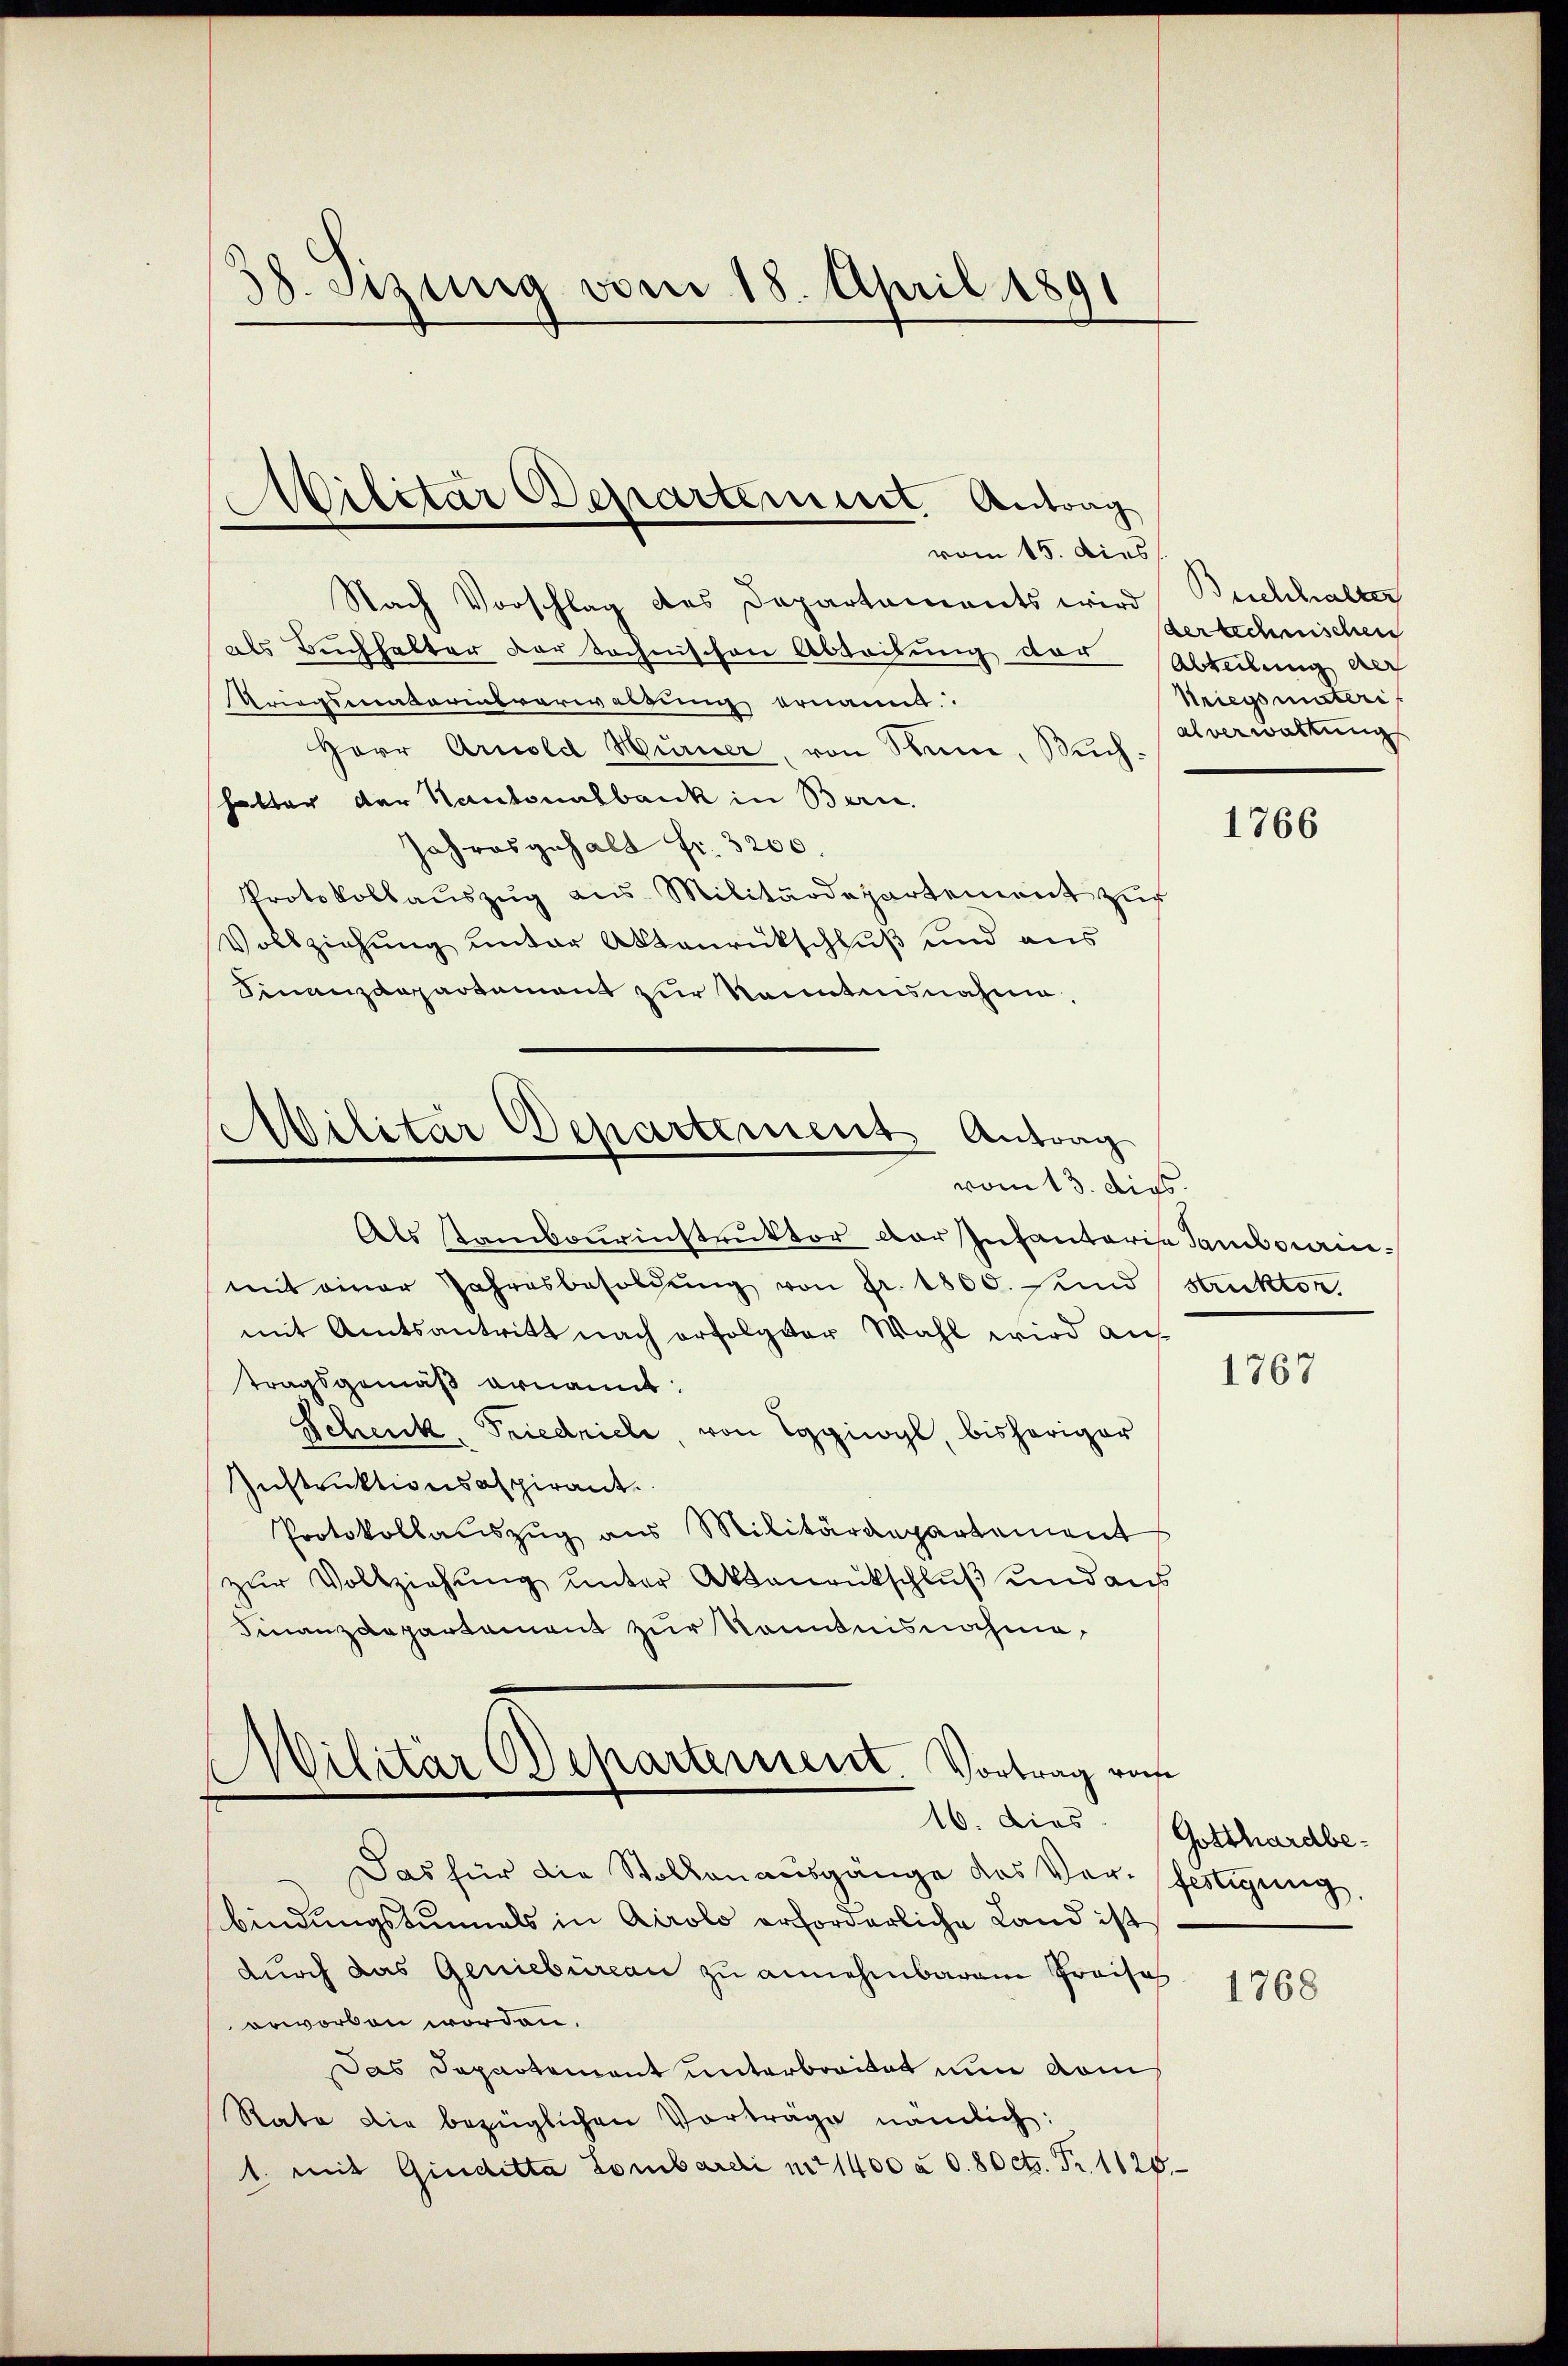
38. Sizung vom 18. April 1891

Nach Vorschlag des Departaments wird Buchhalter
als Buchhalter der tochnischen Abteilung der Abteilung auf
Kriegsmaterinsverwaltung ernannt.
Herr Arnold Hurner, von Seine, Buchhalter der Kantonalbank in Bern.
Jahresgehalt Fr. 3200.
Protokollauszug aus Militärdepartement zur
Vollziehung unter Aktenrückschluß und aus
Finanzdepartement zur kanntensnahme,

Wilitär Departement Antrag
“
vom 15. Dies

Militär Departement Antrag
vom 13. dies.
Als Stambaurinstruktor der Infantarisa Tambocain¬

mit einer Jahresbesoldŭng von Fr. 1800. eind
mit Amtsantritt nach erfolgter Wahl wird auf
tragsgemäß ernannt:
Schenk, Friedricle, von Eggiogl, bisheriger
Instruktionsaspirant.
Protokollauszug aus Militärdepartement
zur Vollziehung unter Aktenrückschluß und aus
Finanzdepartement zur Kenntnisnahme,
Wilitär Departement. Vortrag vo
16. dies. Gotthardbe-
Das für die Stolkenausgänge des Ver- fertigung,
bindungstunals in Airolo erforderliche Land ist
durch das Geniebureau zu annehmbarem Preises
erworben worden.
Das Departement unterbreitet nun dom
Rate die bezüglichen Vorträge nämlich:
1. mit Giuditta Lombardi no 1400 à d. 80 cts. Fr. 1125

der technischen
Kriegs unteri
alverwaltung

1766

strukten.

1767

1768